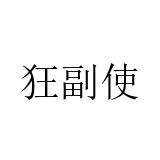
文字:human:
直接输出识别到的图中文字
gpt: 狂副使